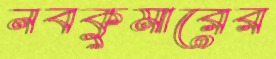
নবকুমারের